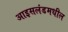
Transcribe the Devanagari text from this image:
आइसलंडमधील